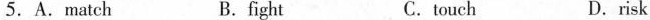
5. A. Match B. fight C. touch D. risk